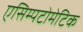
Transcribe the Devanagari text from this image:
एसिम्पटोमेटिक